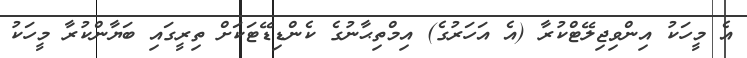
އެ މީހަކު އިންވިޖިލޭޓްކުރާ (އެ އަހަރުގެ) އިމްތިޙާނުގެ ކެންޑިޑޭޓަކަށް ތިރީގައި ބަޔާންކުރާ މީހަކު